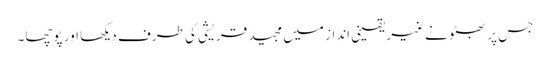
جس پر بھٹو نے غیر یقینی انداز میں مجید قریشی کی طرف دیکھا اور پوچھا۔